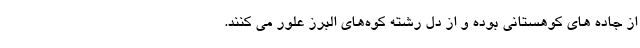
از جاده های کوهستانی بوده و از دل رشته کوه‌های البرز علور می کنند.